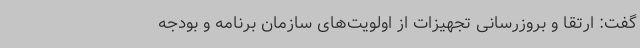
گفت: ارتقا و بروزرسانی تجهیزات از اولویت‌های سازمان برنامه و بودجه